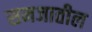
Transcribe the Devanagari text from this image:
समजातील